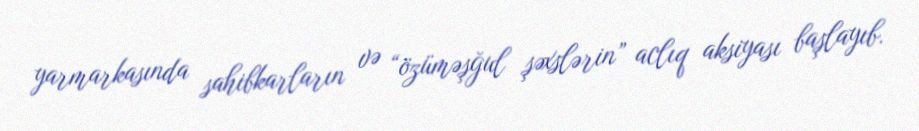
yarmarkasında sahibkarların və “özüməşğul şəxslərin” aclıq aksiyası başlayıb.